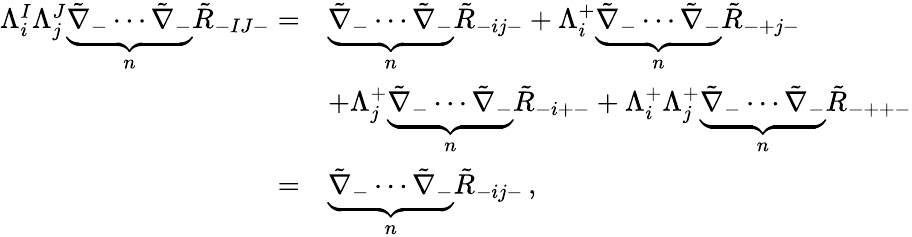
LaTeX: \begin{array}{rl}{\Lambda^{I}_{i}\Lambda^{J}_{j}\underbrace{\tilde{\nabla}_{-}\cdots\tilde{\nabla}_{-}}_{n}\tilde{R}_{-IJ-}=}&{\underbrace{\tilde{\nabla}_{-}\cdots\tilde{\nabla}_{-}}_{n}\tilde{R}_{-ij-}+\Lambda^{+}_{i}\underbrace{\tilde{\nabla}_{-}\cdots\tilde{\nabla}_{-}}_{n}\tilde{R}_{-+j-}}\\ &{+\Lambda^{+}_{j}\underbrace{\tilde{\nabla}_{-}\cdots\tilde{\nabla}_{-}}_{n}\tilde{R}_{-i+-}+\Lambda^{+}_{i}\Lambda^{+}_{j}\underbrace{\tilde{\nabla}_{-}\cdots\tilde{\nabla}_{-}}_{n}\tilde{R}_{-++-}}\\ {=}&{\underbrace{\tilde{\nabla}_{-}\cdots\tilde{\nabla}_{-}}_{n}\tilde{R}_{-ij-}\, ,}\end{array}